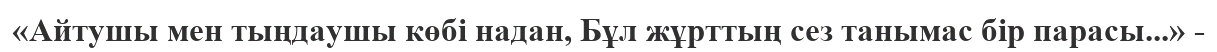
«Айтушы мен тыңдаушы көбі надан, Бұл жұрттың сез танымас бір парасы...» -